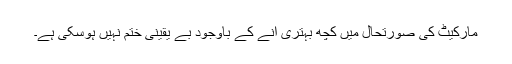
مارکیٹ کی صورتحال میں کچھ بہتری آنے کے باوجود بے یقینی ختم نہیں ہوسکی ہے۔